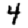
Digit: 4